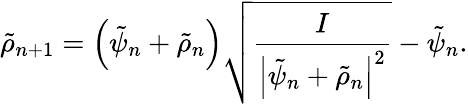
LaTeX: \tilde{\rho}_{n+1}=\left(\tilde{\psi}_{n}+\tilde{\rho}_{n}\right)\sqrt{\frac{I}{\left|\tilde{\psi}_{n}+\tilde{\rho}_{n}\right|^{2}}}-\tilde{\psi}_{n}.